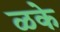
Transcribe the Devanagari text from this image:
ळके